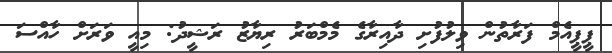
ޕީޕީއެމް ފަރާތުން ވިލުފުށި ދާއިރާގެ މެމްބަރު ރިޔާޒު ރަޝީދު: މިއީ ވަރަށް ހާއްސަ